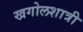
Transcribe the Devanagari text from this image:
खगोलशात्री